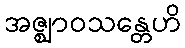
အဇ္ဈာဝသန္တေဟိ